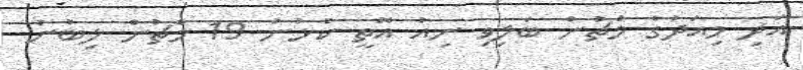
އަދި މިއަދުގެ މެޗުން ބަލިވި ނިއު އޮތީ ކުޅުނު 19 މެޗުން ލިބުނު